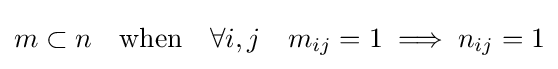
m\subset n\quad {\text{when}}\quad \forall i,j\quad m_{ij}=1\implies n_{ij}=1